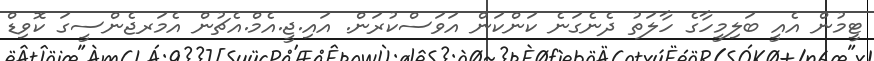
ޓީމުން އެއީ ބަލިމީހާގެ ހާލަތު ދެނެގަނެ ކަންކަން އަވަސްކުރަން. އައި.ޖީ.އެމް.އެޗުން އެމަރޖެންސީގަ ކޮވިޑް